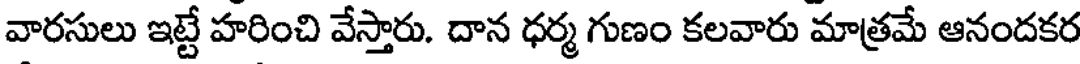
వారసులు ఇట్టే హరించి వేస్తారు. దాన ధర్మ గుణం కలవారు మాత్రమే ఆనందకర